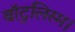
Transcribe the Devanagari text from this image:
बॉटुलिस्म।